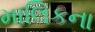
માલિકના